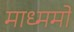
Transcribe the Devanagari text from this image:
माध्ममों